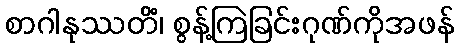
စာဂါနုဿတိံ၊ စွန့်ကြဲခြင်းဂုဏ်ကိုအဖန်